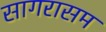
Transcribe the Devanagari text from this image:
सागरासम